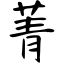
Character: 菁